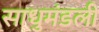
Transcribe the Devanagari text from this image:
साधुमंडली